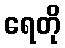
ရေတို